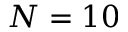
N = 1 0